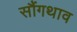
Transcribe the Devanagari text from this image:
सौंगथाव